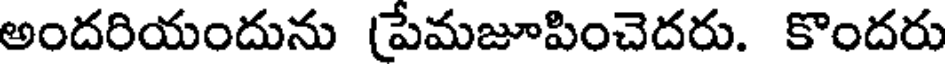
అందరియందును (పేమజూపించెదరు. కొందరు